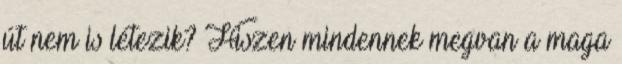
út nem is létezik? Hiszen mindennek megvan a maga